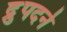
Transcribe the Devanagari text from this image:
द्रुपदने